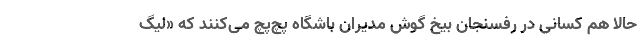
حالا هم کسانی در رفسنجان بیخ گوش مدیران باشگاه پچ‌پچ می‌کنند که «لیگ